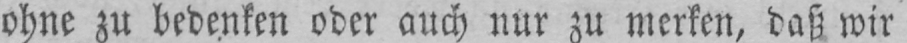
ohne zu bedenken oder auch nur zu merken, daß wir